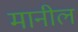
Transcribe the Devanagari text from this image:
मानील